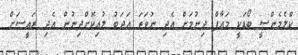
ކްލެމެންސީ ބޯޑަކީ މައާފް ދިނުމަށް އެދި ނުވަތަ އަދަބު ލުއިކޮށްދިނުން އެދި ރައީސަށް